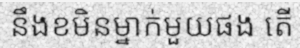
នឹងខមិនម្នាក់មួយផង តើ